画像に写った文字を読んでください
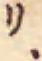
「リ、」と書いてあります